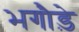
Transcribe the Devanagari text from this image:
भगौड़े